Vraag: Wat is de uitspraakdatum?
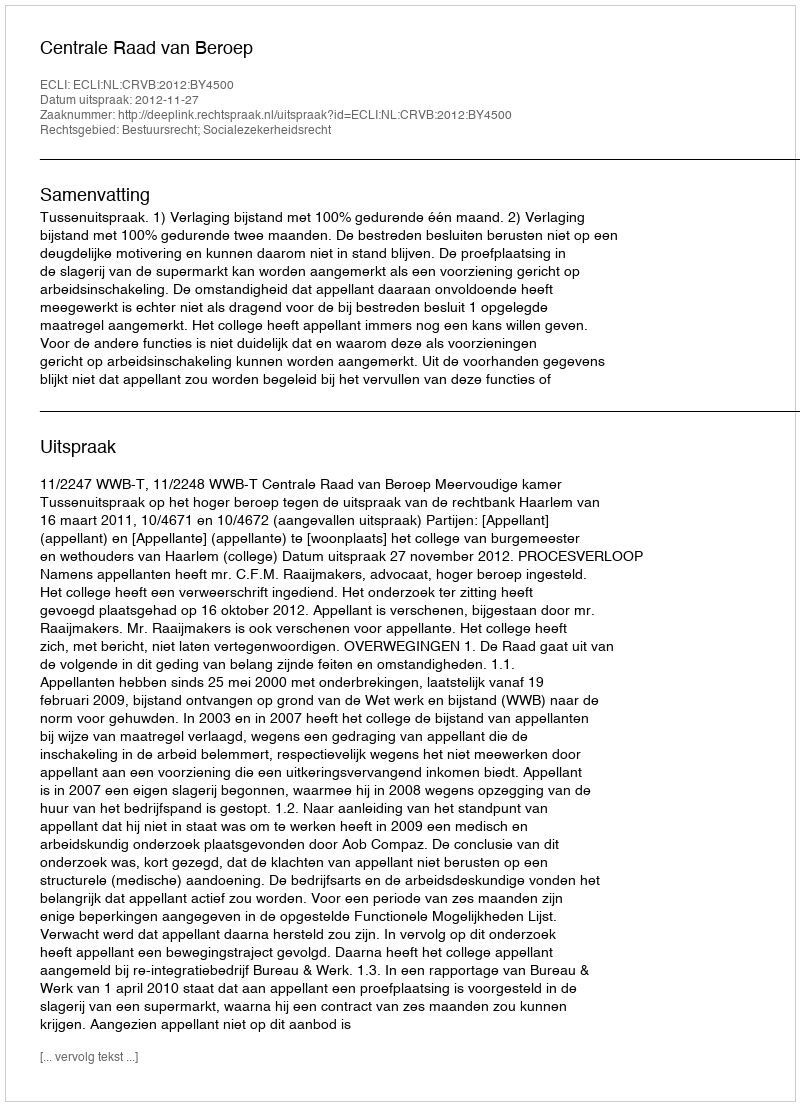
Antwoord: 2012-11-27